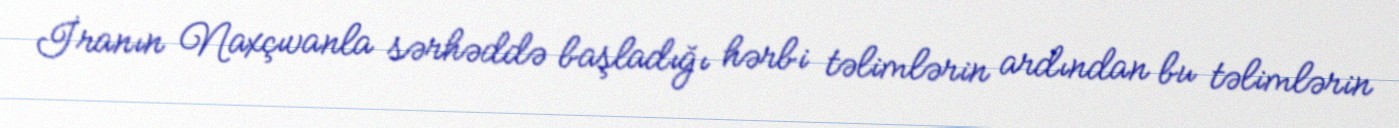
İranın Naxçıvanla sərhəddə başladığı hərbi təlimlərin ardından bu təlimlərin